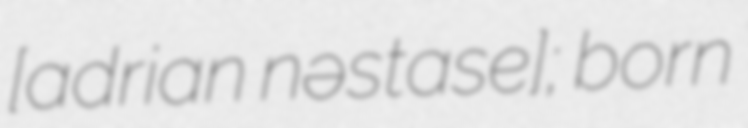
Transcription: [adriˈan nəsˈtase]; born